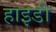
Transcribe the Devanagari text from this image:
हाइडी